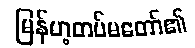
မြန်မာ့တပ်မတော်၏